Annual administration report of the Civil Veterinary Department of India - 1893-1894
Year: 1893
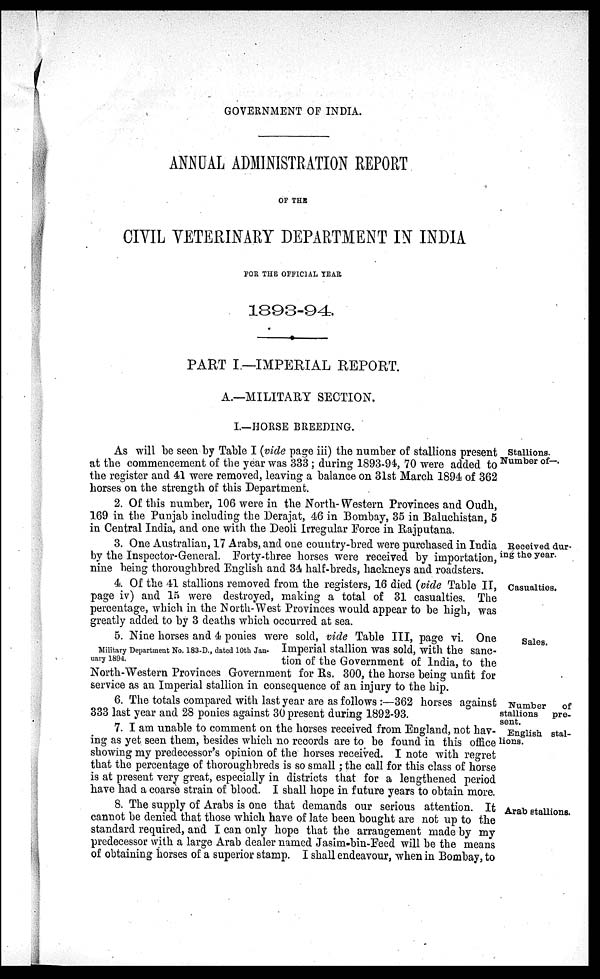
GOVERNMENT OF INDIA.
ANNUAL ADMINISTRATION REPORT
OF THE
CIVIL VETERINARY DEPARTMENT IN INDIA
FOR THE OFFICIAL YEAR
1893-94.
PART I—IMPERIAL REPORT.
A.—MILITARY SECTION.
I.—HORSE BREEDING.
As will be seen by Table I (vide page iii) the number of stallions present
at the commencement of the year was 333; during 1893-94, 70 were added to
the register and 41 were removed, leaving a balance on 31st March 1894 of 362
horses on the strength of this Department.
2. Of this number, 106 were in the North- Western Provinces and Oudh,
169 in the Punjab including the Derajat, 46 in Bombay, 35 in Baluchistan, 5
in Central India, and one with the Deoli Irregular Force in Rajputana.
Stallions.
Number of—.
Received dur-
ing the year.
3. One Australian, 17 Arabs, and one country-bred were purchased in India
by the Inspector-General. Forty-three horses were received by importation,
nine being thoroughbred English and 34 half-breds, hackneys and roadsters.
Casualties.
4. Of the 41 stallions removed from the registers, 16 died (vide Table II,
page iv) and 15 were destroyed, making a total of 31 casualties. The
percentage, which in the North-West Provinces would appear to be high, was
greatly added to by 3 deaths which occurred at sea.
Sales.
5. Nine horses and 4 ponies were sold, vide Table III, page vi. One
Imperial stallion was sold, with the sanc-
tion of the Government of India, to the
North-Western Provinces Government for Rs. 300, the horse being unfit for
service as an Imperial stallion in consequence of an injury to the hip.
Military Department No. 183-D., dated 10th Jan-
uary 1894.
Number
of
stallions
pre-
sent.
6. The totals compared with last year are as follows:—362 horses against
333 last year and 28 ponies against 30 present during 1892-93.
English stal-
lions.
7. I am unable to comment on the horses received from England, not hav-
ing as yet seen them, besides which no records are to be found in this office
showing my predecessor's opinion of the horses received. I note with regret
that the percentage of thoroughbreds is so small; the call for this class of horse
is at present very great, especially in districts that for a lengthened period
have had a coarse strain of blood. I shall hope in future years to obtain more.
Arab stallions.
8. The supply of Arabs is one that demands our serious attention. It
cannot be denied that those which have of late been bought are not up to the
standard required, and I can only hope that the arrangement made by my
predecessor with a large Arab dealer named Jasim-bin-Feed will be the means
of obtaining horses of a superior stamp. I shall endeavour, when in Bombay, to